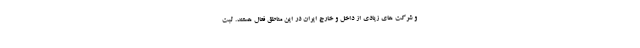
و شرکت های زیادی از داخل و خارج ایران در این مناطق فعال هستند. ثبت